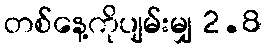
တစ်နေ့ကိုပျမ်းမျှ 2.8